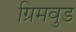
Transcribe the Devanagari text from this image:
ग्रिमवुड